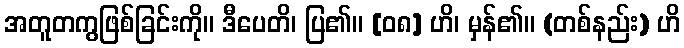
အတူတကွဖြစ်ခြင်းကို။ ဒီပေတိ၊ ပြ၏။ [၀၈] ဟိ၊ မှန်၏။ (တစ်နည်း) ဟိ